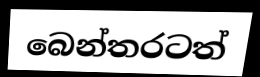
බෙන්තරටත්